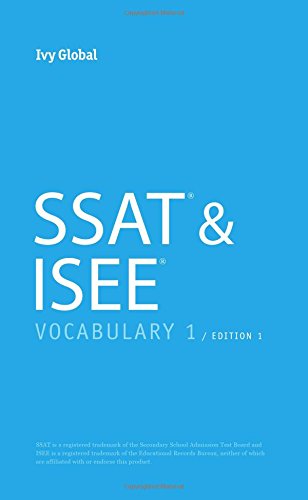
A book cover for SSAT & ISEE Vocabulary 1 (Pocketbook), 2015 Edition; Ivy Global; Test Preparation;